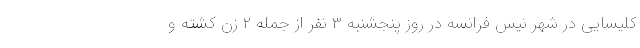
کلیسایی در شهر نیس فرانسه در روز پنجشنبه ۳ نفر از جمله ۲ زن کشته و